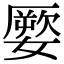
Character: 𡡕